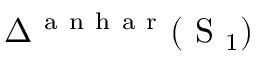
\Delta ^ { \mathrm { ~ a ~ n ~ h ~ a ~ r ~ } } ( \mathrm { ~ S ~ } _ { 1 } )